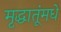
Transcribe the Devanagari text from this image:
मृद्धातूंमधे